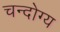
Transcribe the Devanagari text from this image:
चन्दोग्य